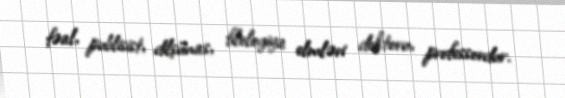
fəal, publisist, dilşünas, filologiya elmləri doktoru, professordur.